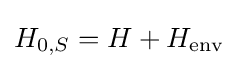
H_{0,S}=H+H_{\text{env}}